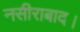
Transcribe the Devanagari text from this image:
नसीराबाद।